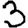
Digit: 3